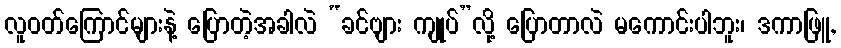
လူဝတ်ကြောင်များနဲ့ ပြောတဲ့အခါလဲ “ခင်ဗျား ကျုပ်”လို့ ပြောတာလဲ မကောင်းပါဘူး၊ ဒကာဖြူ,